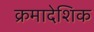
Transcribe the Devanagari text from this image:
क्रमादेशिक